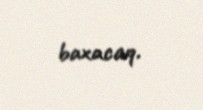
baxacaq.